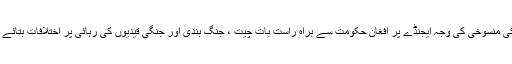
بات چیت کی منسوخی کی وجہ ایجنڈے پر افغان حکومت سے براہ راست بات چیت ، جنگ بندی اور جنگی قیدیوں کی رہائی پر اختلافات بتائے جاتے ہیں ۔